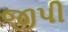
જીપી